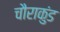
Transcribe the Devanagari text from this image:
चौराकुंड